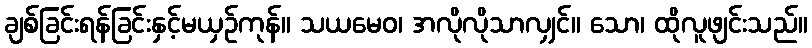
ချစ်ခြင်းရန်ခြင်းနှင့်မယှဉ်ကုန်။ သယမေဝ၊ အလိုလိုသာလျှင်။ သော၊ ထိုလူဖျင်းသည်။